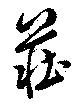
荘